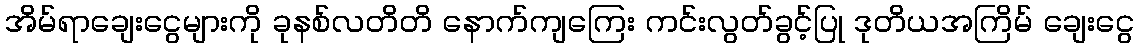
အိမ်ရာချေးငွေများကို ခုနစ်လတိတိ နောက်ကျကြေး ကင်းလွတ်ခွင့်ပြု ဒုတိယအကြိမ် ချေးငွေ